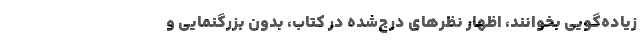
زیاده‌گویی بخوانند، اظهار نظرهای درج‌شده در کتاب، بدون بزرگنمایی و